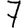
Digit: 7